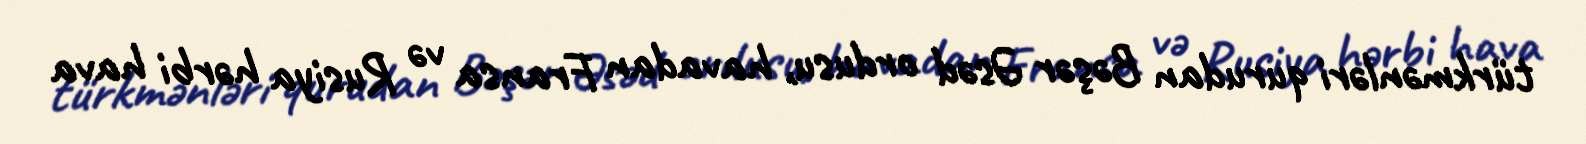
türkmənləri qurudan Bəşər Əsəd ordusu, havadan Fransa və Rusiya hərbi hava